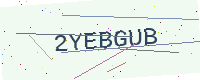
Text: 2YEBGUB